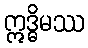
ဣဒ္ဓိမဿ